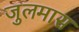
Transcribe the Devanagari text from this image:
जुलमास